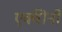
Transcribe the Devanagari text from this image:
एक्वीनो